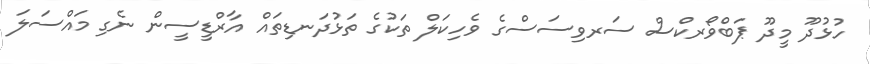
ހުޅުދޫ މީދޫ ޕަބްވޯރކްސް ސަރވިސަސްގެ ވެހިކަލް ތަކުގެ ތަޅުދަނޑިތައް އާރްޑީސީން ނެގި މައްސަލަ